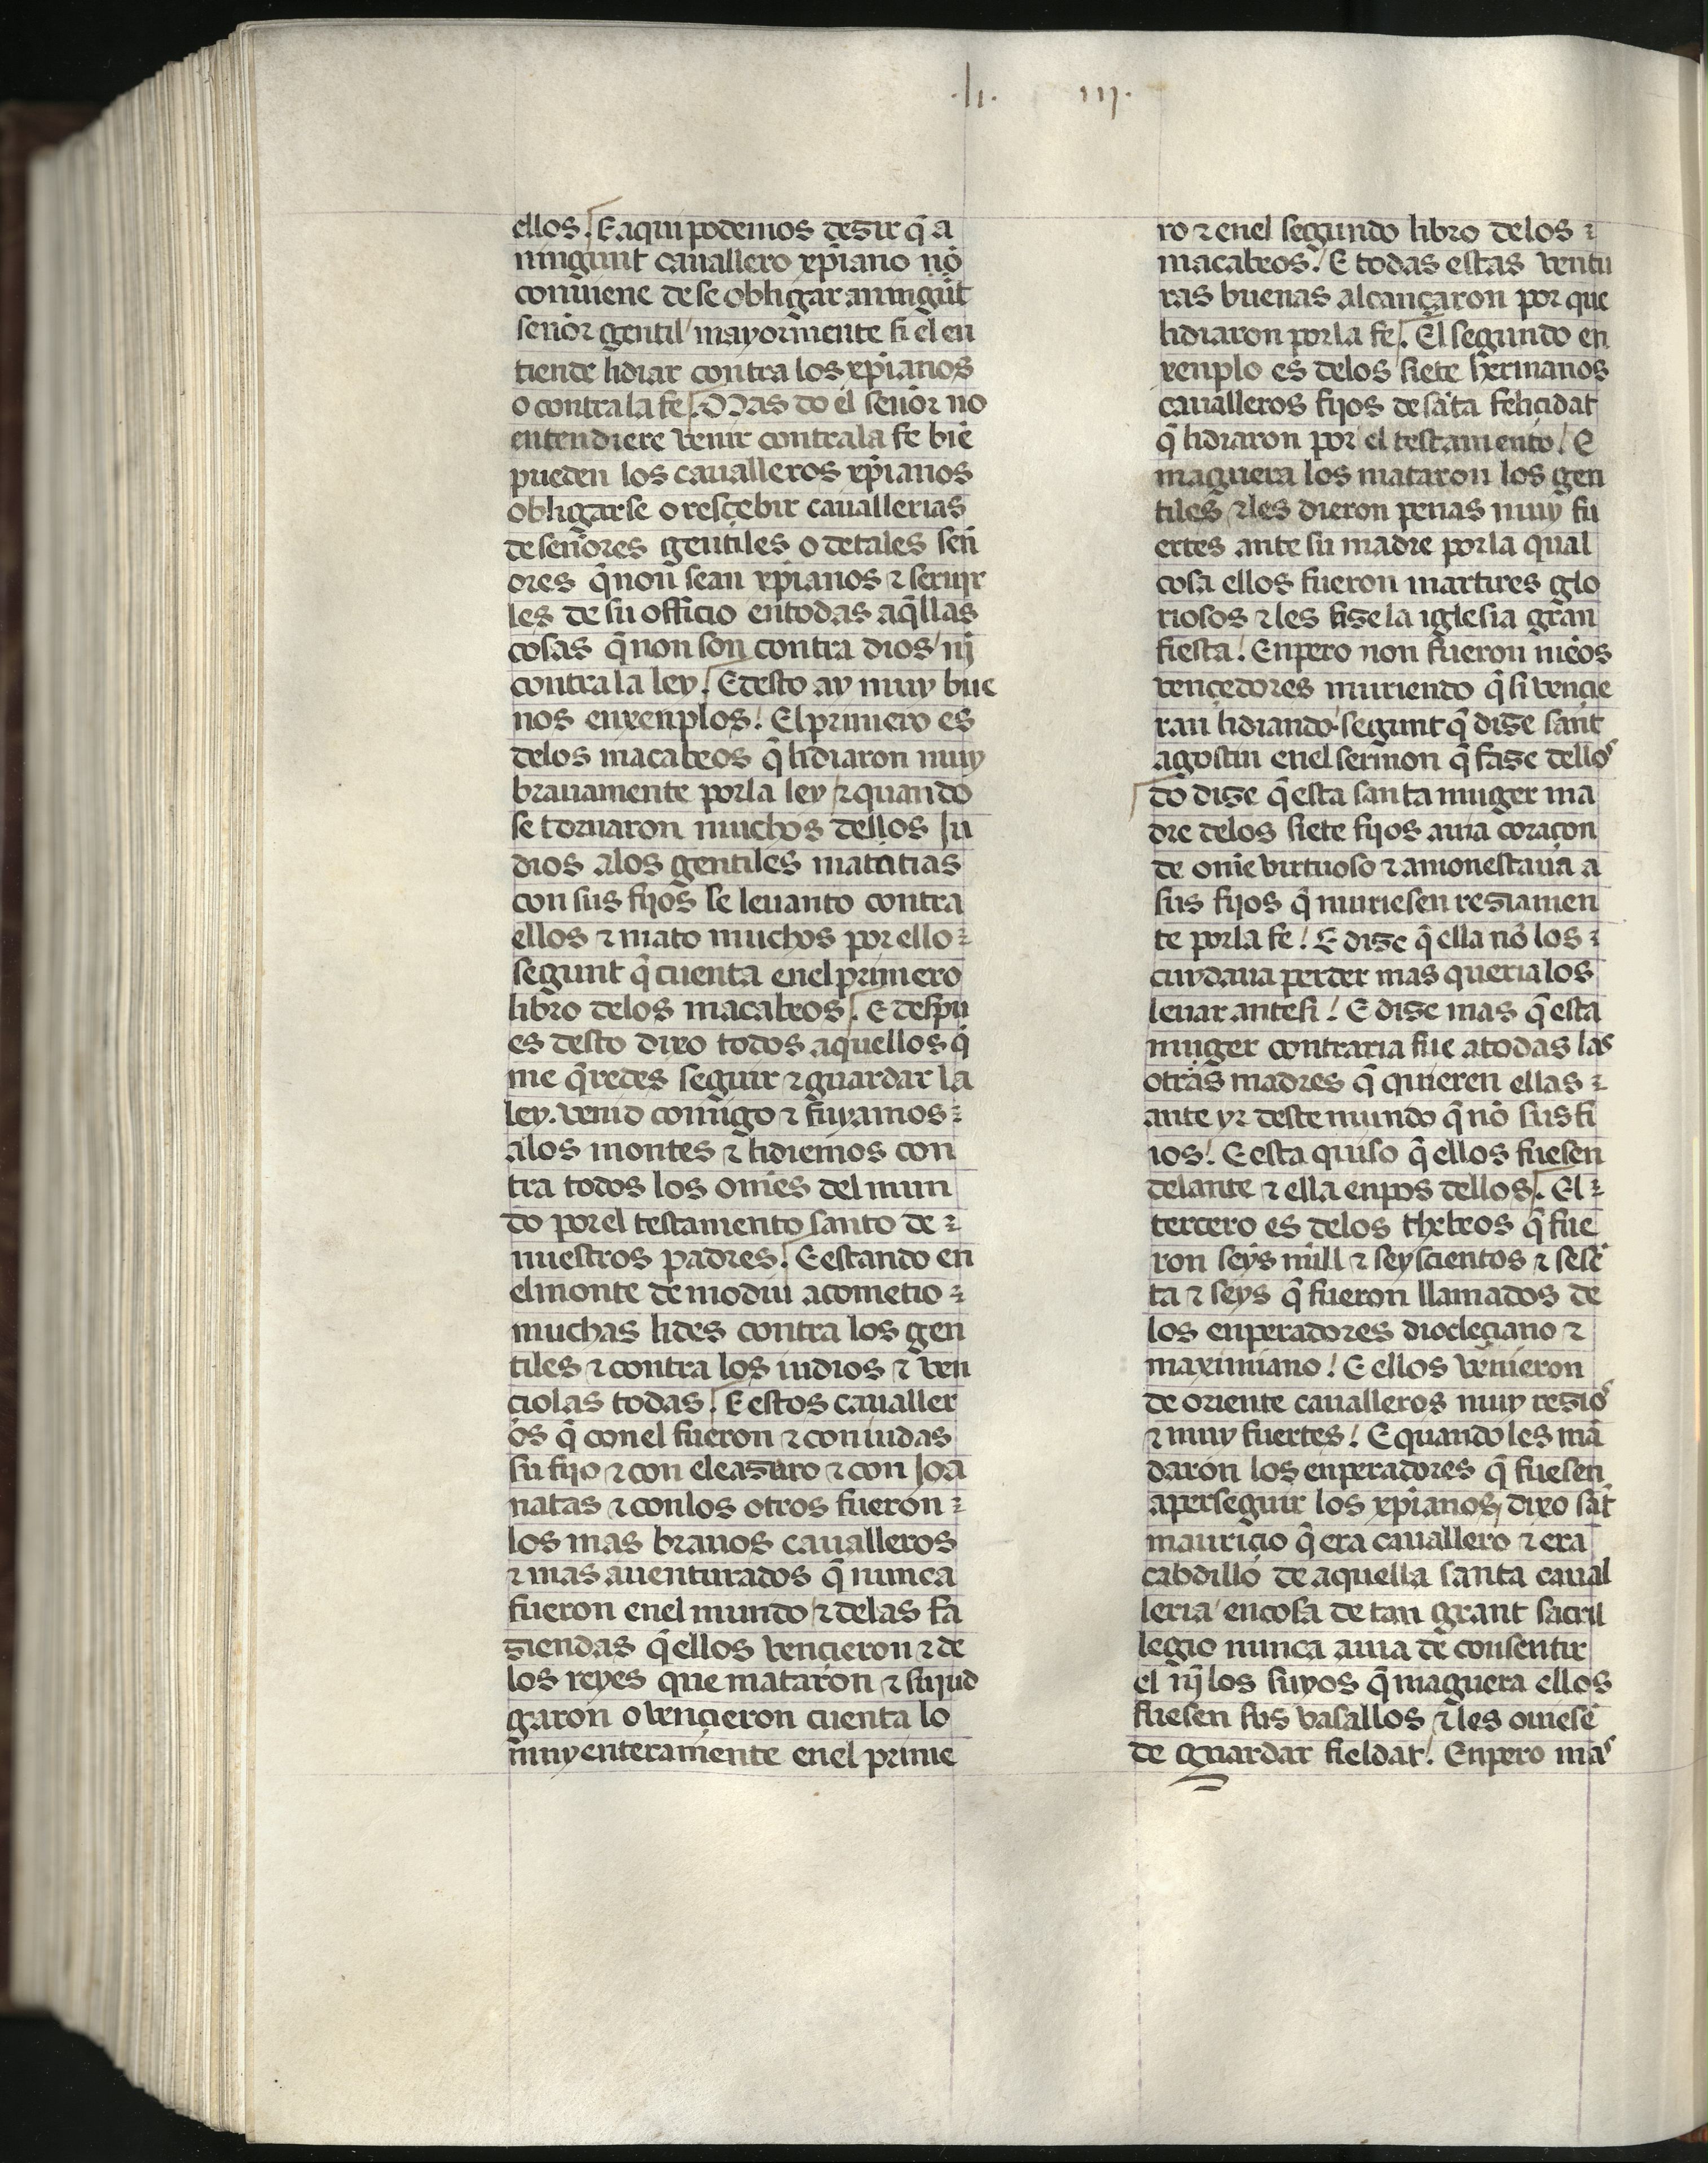
Shelfmark: Madrid, Fundación Lázaro Galdiano, mss 289
Century: 15